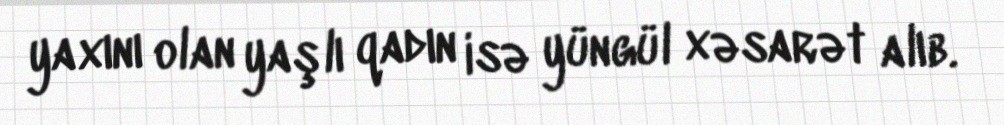
yaxını olan yaşlı qadın isə yüngül xəsarət alıb.